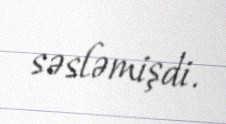
səsləmişdi.